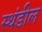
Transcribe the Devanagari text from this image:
स्थंडील